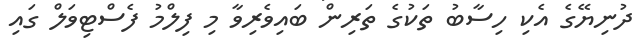
ދުނިޔޭގެ އެކި ހިސާބު ތަކުގެ ތަރިން ބައިވެރިވާ މި ފިލްމު ފެސްޓިވަލް ގައި